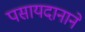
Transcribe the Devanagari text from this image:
पसायदानाने